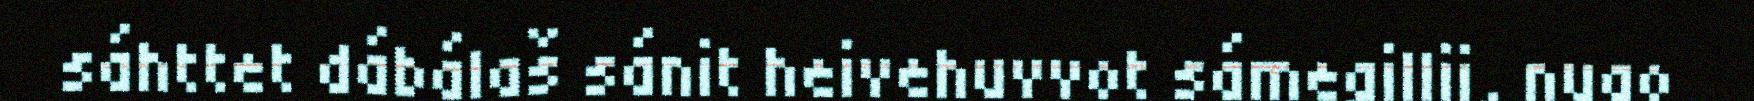
sáhttet dábálaš sánit heivehuvvot sámegillii, nugo